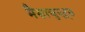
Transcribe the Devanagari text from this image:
मैसाचुएट्स